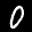
Label: 0